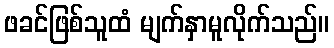
ဖခင်ဖြစ်သူထံ မျက်နှာမူလိုက်သည်။